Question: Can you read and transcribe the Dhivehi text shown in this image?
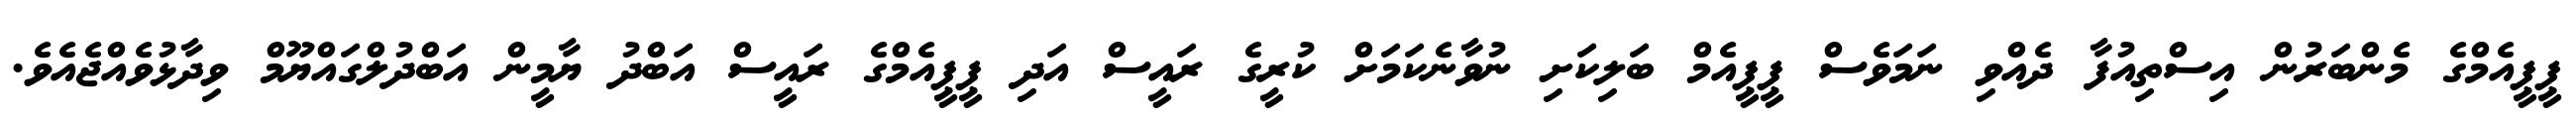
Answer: ޕީޕީއެމްގެ މެންބަރުން އިސްތިއުފާ ދެއްވި ނަމަވެސް ޕީޕީއެމް ބަލިކަށި ނުވާނެކަމަށް ކުރީގެ ރައީސް އަދި ޕީޕީއެމްގެ ރައީސް އަބްދު ޔާމީން އަބްދުލްގައްޔޫމް ވިދާޅުވެއްޖެއެވެ.